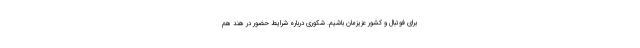
برای فوتبال و کشور عزیزمان باشیم. شکوری درباره شرایط حضور در هند هم